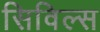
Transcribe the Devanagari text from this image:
सिविल्स